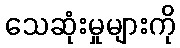
သေဆုံးမှုများကို